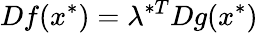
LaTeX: Df(x^{*})=\lambda^{*T}Dg(x^{*})